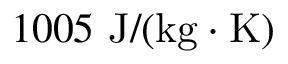
1 0 0 5 \mathrm { ~ J } / ( \mathrm { k g } \cdot \mathrm { K } )